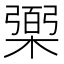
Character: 𰘱